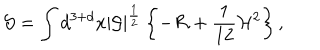
{ \cal S } = \int d ^ { 3 + d } x { \mid { \cal G } \mid } ^ { \frac { 1 } { 2 } } \left\{ - { \cal R } + \frac { 1 } { 1 2 } { \cal H } ^ { 2 } \right\} ,